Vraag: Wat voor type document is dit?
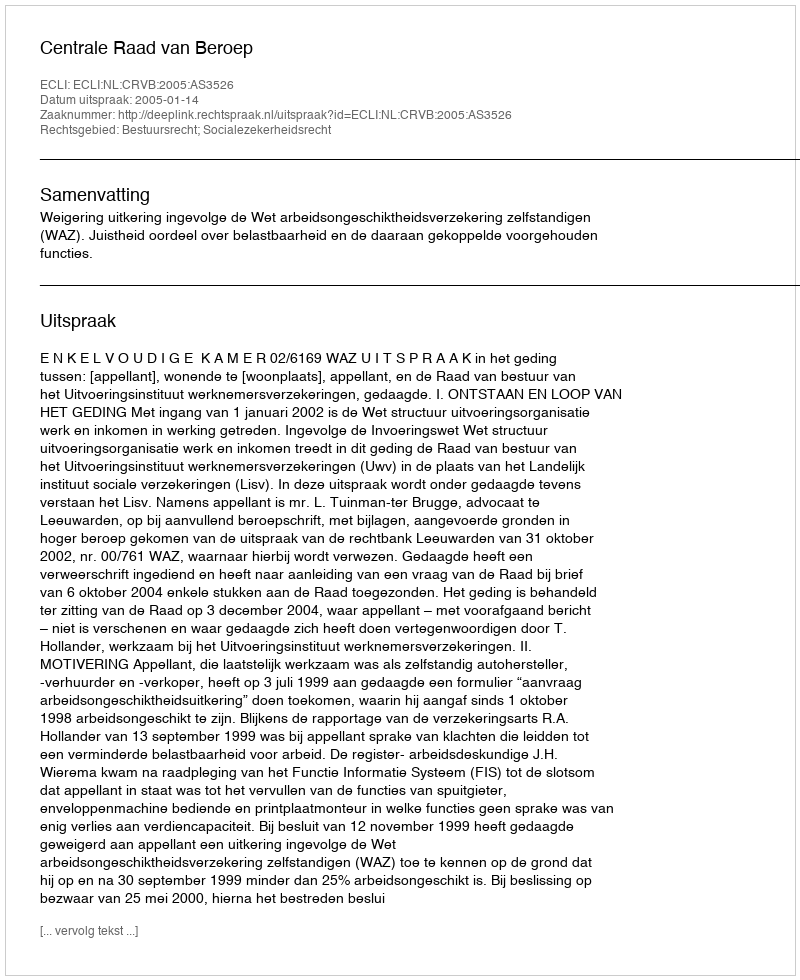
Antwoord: Uitspraak